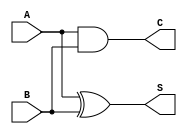
module HalfAdder (
    input wire A,      // First input bit
    input wire B,      // Second input bit
    output wire S,     // Sum output
    output wire C      // Carry output
);

// Logic for Sum (S) using XOR
assign S = A ^ B;

// Logic for Carry (C) using AND
assign C = A & B;

endmodule